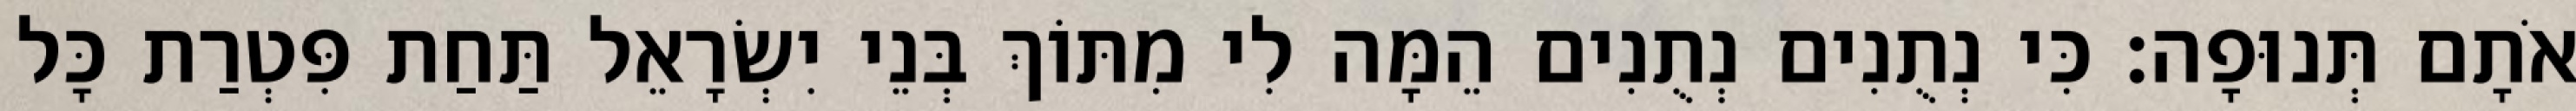
אֹתָם תְּנוּפָה׃ כִּי נְתֻנִים נְתֻנִים הֵמָּה לִי מִתּוֹךְ בְּנֵי יִשְׂרָאֵל תַּחַת פִּטְרַת כָּל